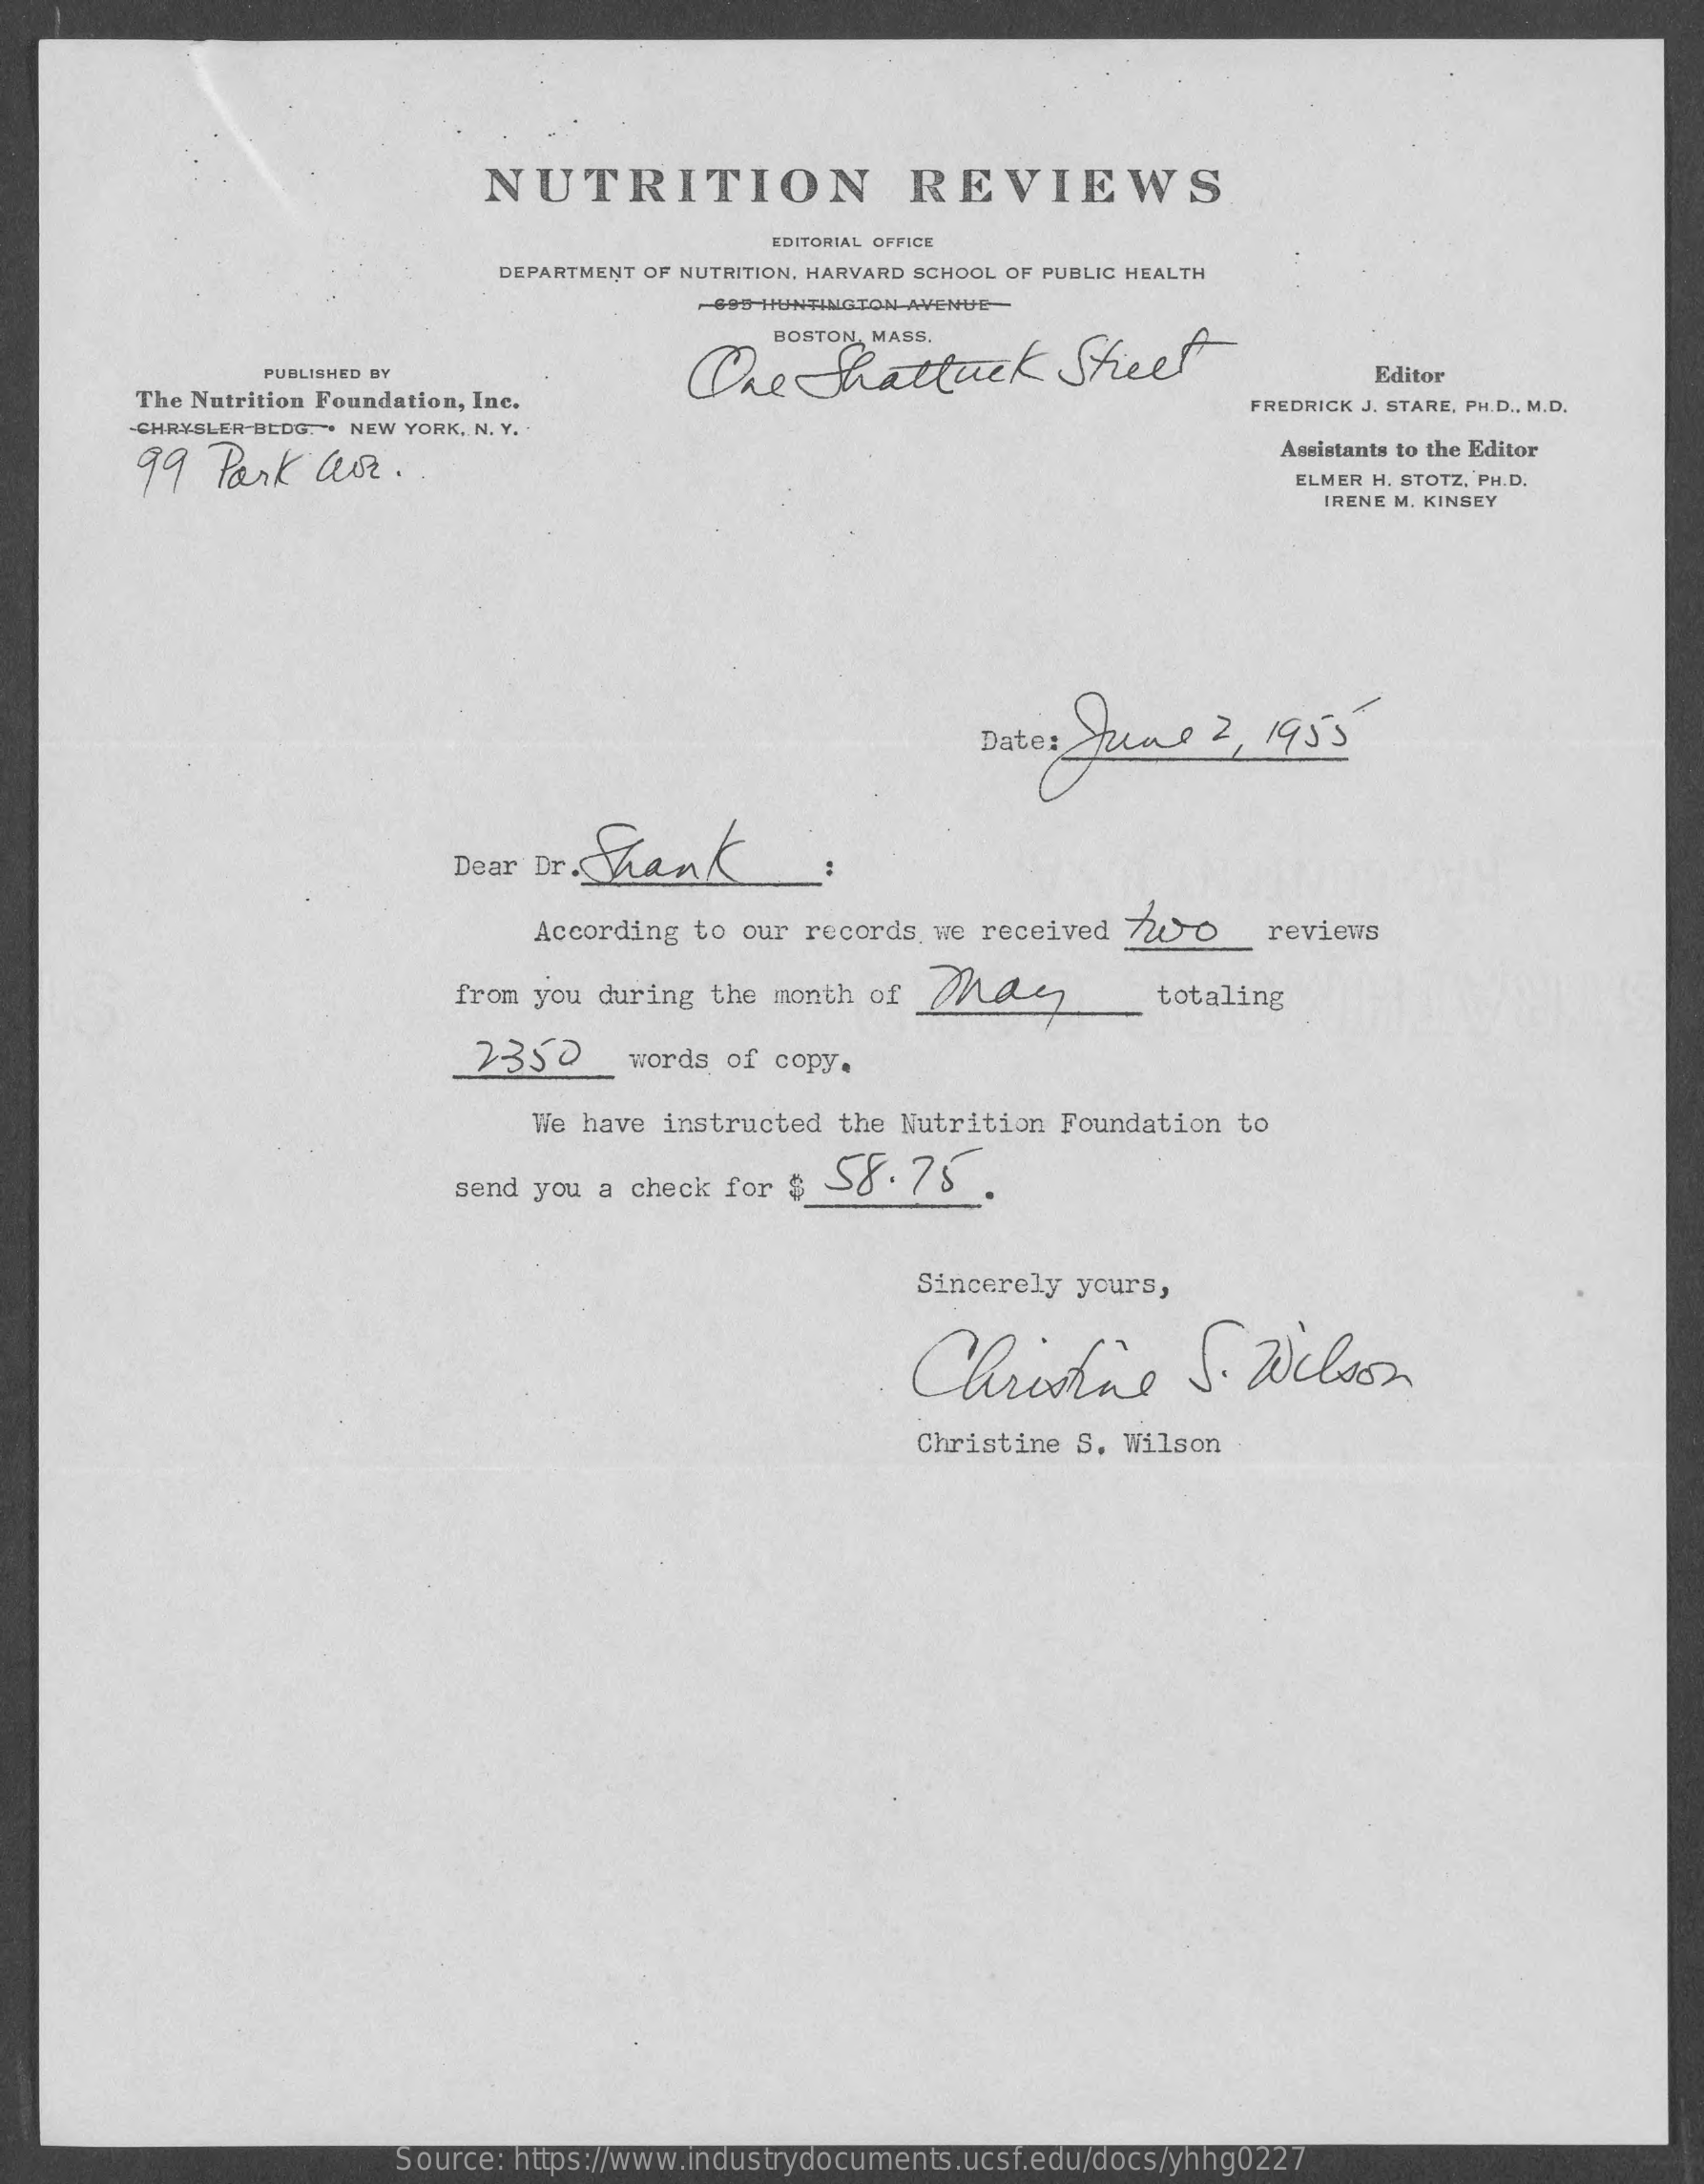
NUTRITION    REVIEWS
     EDITORIAL OFFICE
     DEPARTMENT OF NUTRITION, HARVARD SCHOOL OF PUBLIC HEALTH
     -695 HUNTINGTON AVENUE
     One   Thattack    Street
     PUBLISHED BY    Editor
     The Nutrition Foundation, Inc.
     -CHRYSLER-BEDG. + NEW YORK, N. Y.
     FREDRICK J. STARE, PH.D ., M.D.
     99  Park   CoE.
     Assistants to the Editor
     ELMER H. STOTZ, PH.D.
     IRENE M. KINSEY
     Dates June    2 , 1955
     Dear Dr .Shank
     According to our records, we received Tuyo    reviews
     from you during the month of  Mac    totaling
     2350    words of copy.
     We have instructed  the Nutrition Foundation to
     send you a check for $ 58.75.
     Sincerely yours,
     Christine    S.   Wilson
     Christine S. Wilson
     Source: https://www.industrydocuments.ucsf.edu/docs/yhhg0227